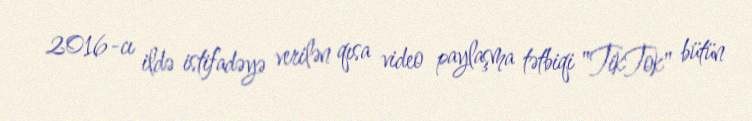
2016-cı ildə istifadəyə verilən qısa video paylaşma tətbiqi "TikTok" bütün